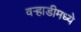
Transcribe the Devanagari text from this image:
वर्‍हाडीमध्ये